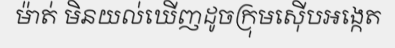
ម៉ាត់ មិនយល់ឃើញដូចក្រុមស៊ើបអង្កេត